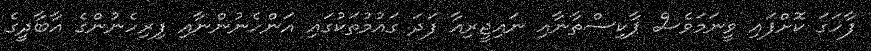
ފާހަގަ ކޮށްފައި ވީނަމަވެސް ޕާކިސްތާނާއި ނައިޖީރިއާ ފަދަ ގައުމުތަކުގައި އަންހެނުންނާއި ފިރިހެނުންގެ އާބާދީގެ